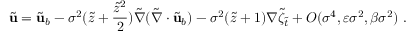
\tilde { \mathbf { u } } = \tilde { \mathbf { u } } _ { b } - \sigma ^ { 2 } ( \tilde { z } + \frac { \tilde { z } ^ { 2 } } { 2 } ) \tilde { \nabla } ( \tilde { \nabla } \cdot \tilde { \mathbf { u } } _ { b } ) - \sigma ^ { 2 } ( \tilde { z } + 1 ) \nabla \tilde { \zeta } _ { \tilde { t } } + O ( \sigma ^ { 4 } , \varepsilon \sigma ^ { 2 } , \beta \sigma ^ { 2 } ) \ .